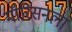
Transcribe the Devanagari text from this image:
मॉरिसनला